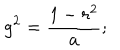
g ^ { 2 } = { \frac { 1 - r ^ { 2 } } { a } } ;